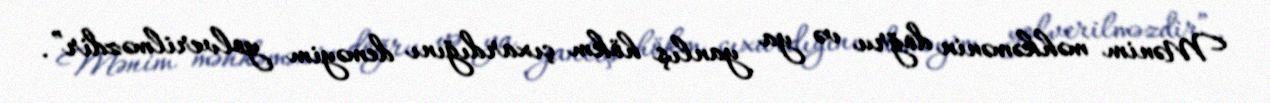
Mənim məhkəmənin doğru və ya yanlış hökm çıxardığını deməyim yolverilməzdir”.